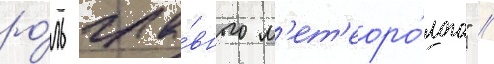
ро́ль гла́вного м'ет'еоро́лога" //